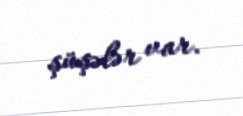
şüşələr var.